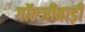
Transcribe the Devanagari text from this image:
गॉल्जीबाड़ी